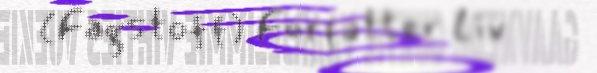
(Fagstoff) Forfatter Liv